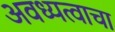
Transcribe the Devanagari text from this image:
अवध्यत्वाचा